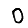
Digit: 0